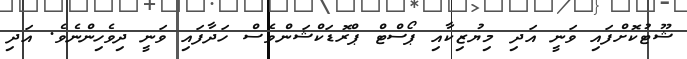
ޝޫޓުކޮށްފައި ވަނީ އަދި މިޔުޒިކާއި ޕޯސްޓް ޕްރޮޑަކްޝަންވެސް ހަދާފައި ވަނީ ދިވެހިންނެވެ. އަދި